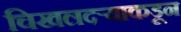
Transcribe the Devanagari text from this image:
चिखलदऱ्याकडून